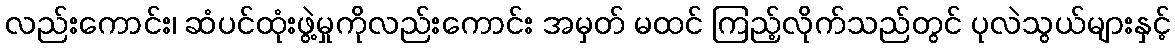
လည်းကောင်း၊ ဆံပင်ထုံးဖွဲ့မှုကိုလည်းကောင်း အမှတ် မထင် ကြည့်လိုက်သည်တွင် ပုလဲသွယ်များနှင့်